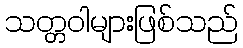
သတ္တဝါများဖြစ်သည်